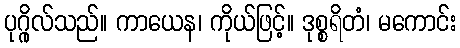
ပုဂ္ဂိုလ်သည်။ ကာယေန၊ ကိုယ်ဖြင့်။ ဒုစ္စရိတံ၊ မကောင်း